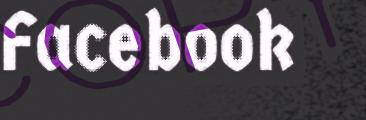
Facebook